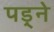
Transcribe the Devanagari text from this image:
पड़्ने